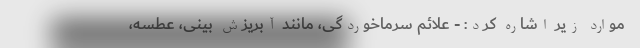
موارد زیر اشاره کرد: - علائم سرماخوردگی، مانند آبریزش بینی، عطسه،